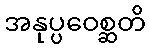
အနုပ္ပဝေစ္ဆတိ